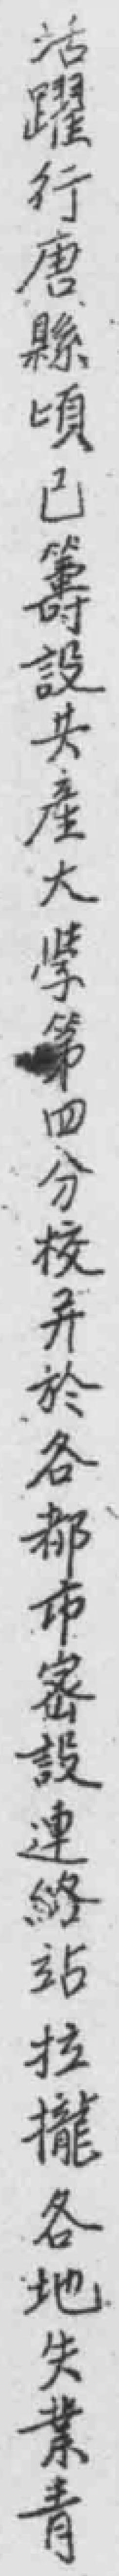
活躍行唐縣頃已籌設共產大學第四分校並於各都市密設連絡站站拉攏各地失業青